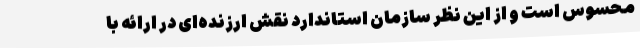
محسوس است و از این نظر سازمان استاندارد نقش ارزنده‌ای در ارائه با